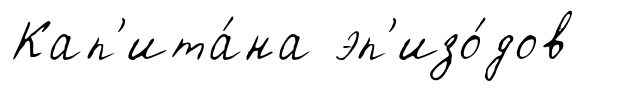
Кап'ита́на эп'изо́дов